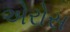
એરોસ